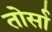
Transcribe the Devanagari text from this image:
तोर्सा